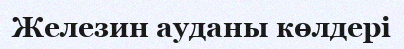
Железин ауданы көлдері